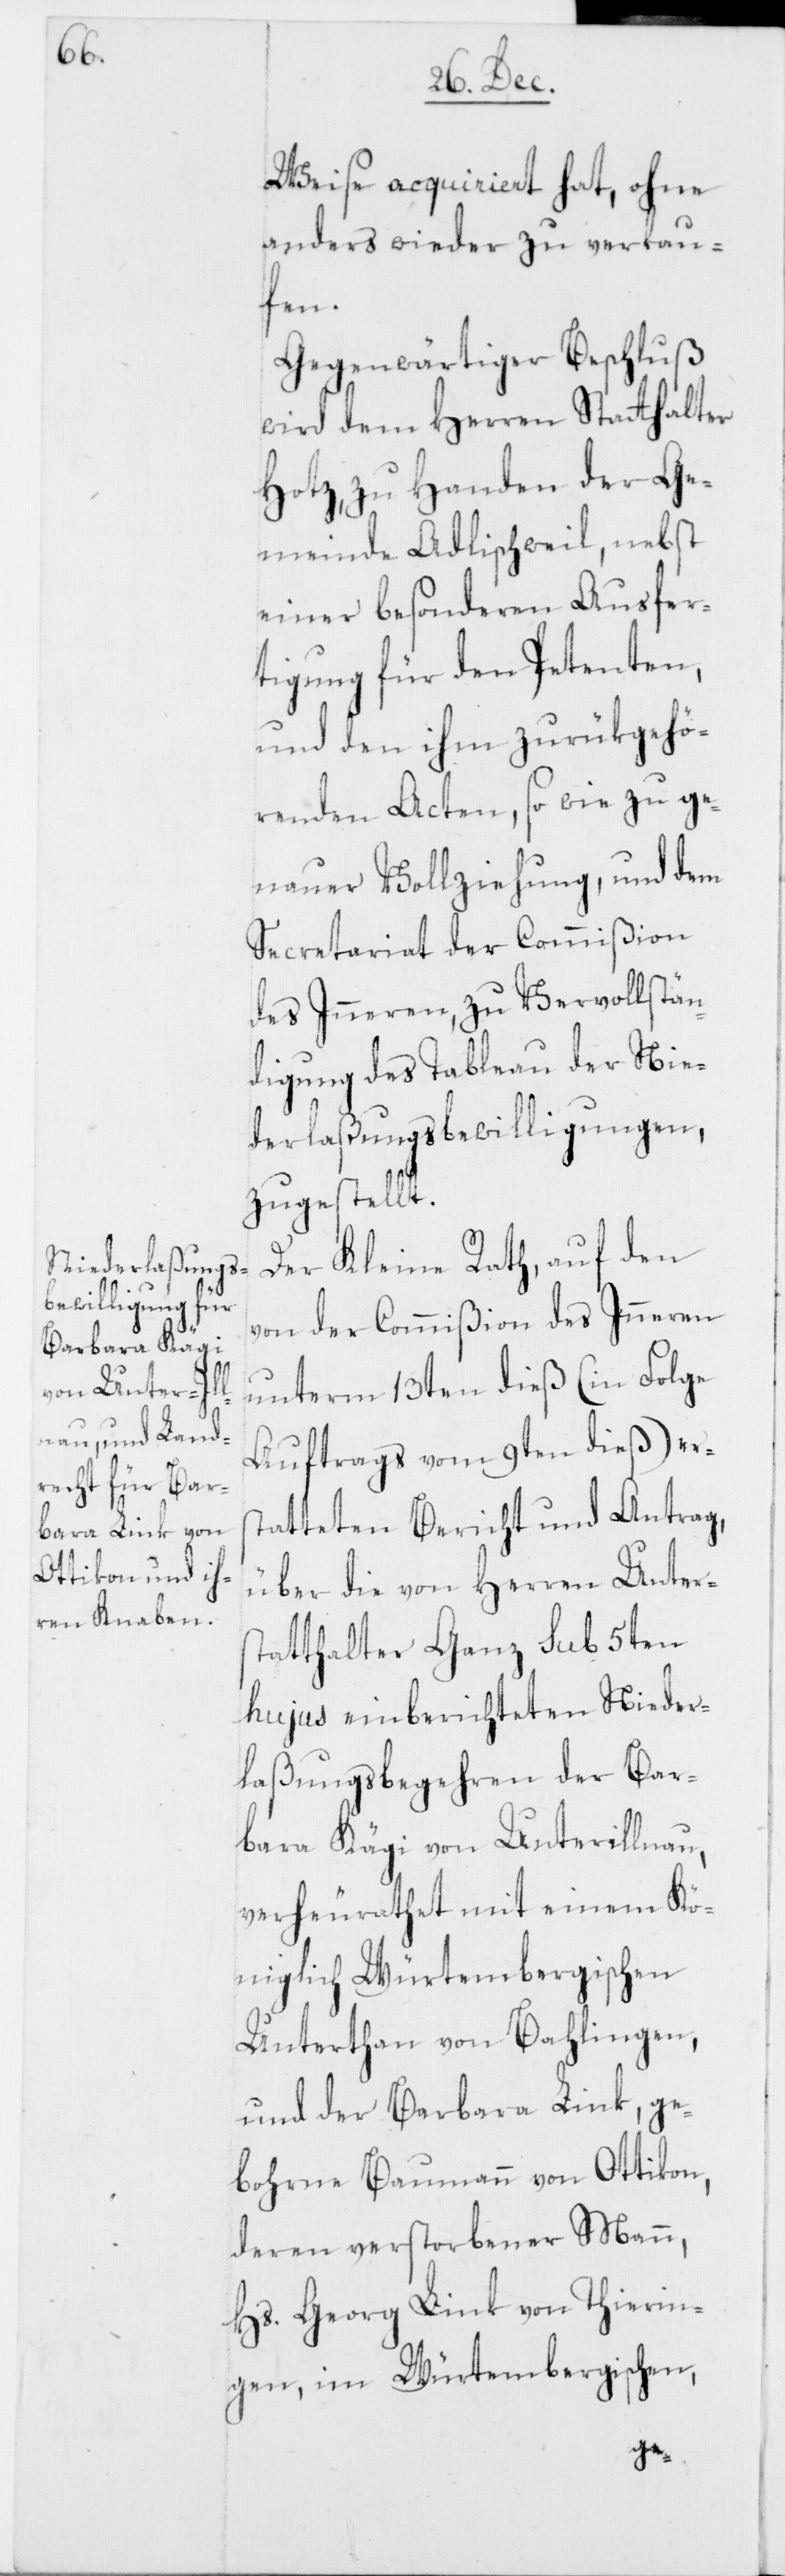
Weise acquiriert hat, ohne
anders wieder zu verkau¬
fen.
Gegenwärtiger Beschluß
wird dem Herren Statthalter
Hotz, zu Handen der Ge¬
meinde Adlischweil, nebst
einer besonderen Ausfer¬
tigung für den Petenten,
und den ihm zurükgehö¬
rigen Acten, so wie zu ge¬
nauer Vollziehung, und dem
Secretariat der Commißion
des Inneren, zu Vervollstän¬
digung des Tableau der Nie¬
derlaßungsbewilligungen,
zugestellt.
Der Kleine Rath, auf den
von der Commißion des Inneren
unterm 13ten dieß (in Folge
Auftrags vom 9ten dieß) ers¬
tatteten Bericht und Antrag,
über die von Herren Unters¬
tatthalter Ganz sub 5ten
hujus einberichteten Nieder¬
laßungsbegehren der Bar¬
bara Kägi von Unterillnau,
verheurathet mit einem Kö¬
niglich-Würtembergischen
Unterthan von Balingen,
und der Barbara Link, ge¬
bohrne Baumann von Ottikon,
deren verstorbener Mann,
Hs. Georg Link von Thierin¬
gen, im Würtembergischen,